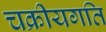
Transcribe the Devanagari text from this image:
चक्रीयगति